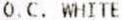
O.C. WHITE